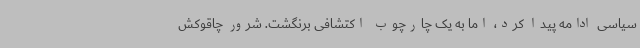
سیاسی ادامه پیدا کرد، اما به یک چارچوب اکتشافی برنگشت. شرور چاقوکش